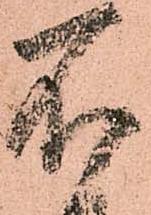
不